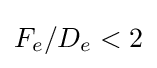
F_{e}/D_{e}<2